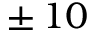
\pm \, 1 0